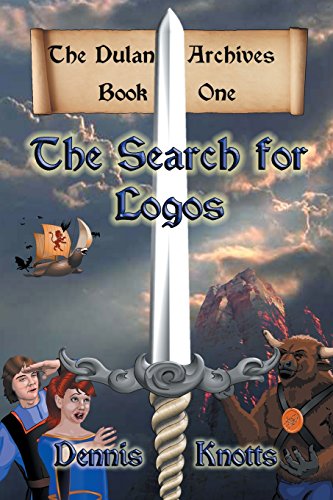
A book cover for The Search for Logos: The Dulan Archives - Book One; Dennis Knotts; Literature & Fiction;